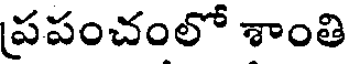
ప్రపంచంలో శాంతి